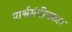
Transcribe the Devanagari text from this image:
पार्श्वसंगीतकार